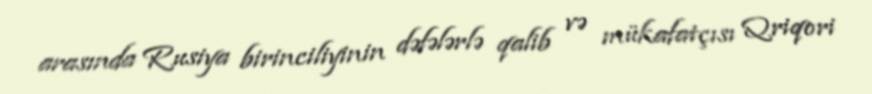
arasında Rusiya birinciliyinin dəfələrlə qalib və mükafatçısı Qriqori